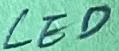
Text: LED